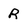
Character: R